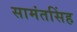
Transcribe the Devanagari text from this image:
सामंतसिंह